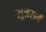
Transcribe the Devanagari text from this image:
सूत्रसर्व